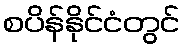
စပိန်နိုင်ငံတွင်